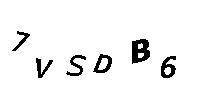
7VSDB6